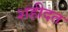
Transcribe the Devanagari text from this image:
शहीदत